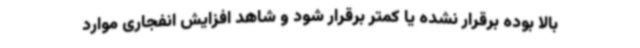
بالا بوده برقرار نشده یا کمتر برقرار شود و شاهد افزایش انفجاری موارد